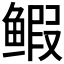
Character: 𫚥